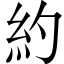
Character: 約